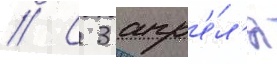
// С 3 апр'е́л'я